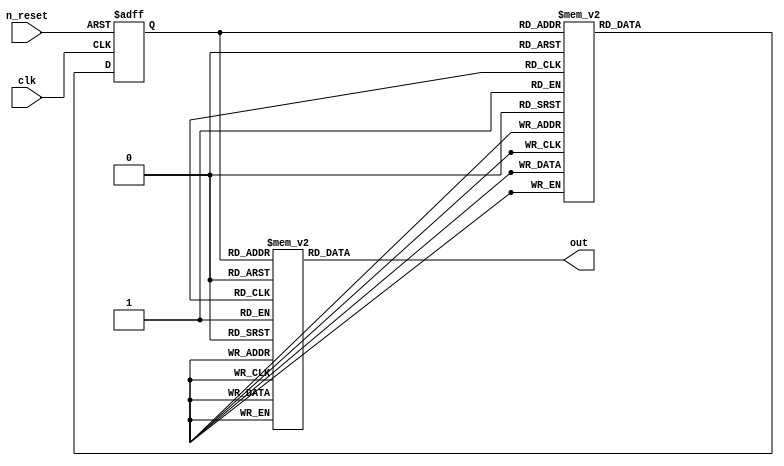
module FlowingWaterLight(
input clk,n_reset,
output reg[15:0]out
);
reg[3:0]state;
parameter S0 = 0,S1 = 1,S2 = 2,S3 = 3,S4 = 4,S5 = 5,S6 = 6,S7 = 7,S8 = 8,S9 = 9,S10 = 10,S11 = 11,S12 = 12,S13 = 13,S14 = 14,S15 = 15;
always@(state)
begin
	case(state)
		S0: out = 16'b1111111111111110;
		S1: out = 16'b1111111111111101;
		S2: out = 16'b1111111111111011;
		S3: out = 16'b1111111111110111;
		S4: out = 16'b1111111111101111;
		S5: out = 16'b1111111111011111;
		S6: out = 16'b1111111110111111;
		S7: out = 16'b1111111101111111;
		S8: out = 16'b1111111011111111;
		S9: out = 16'b1111110111111111;
		S10: out = 16'b1111101111111111;
		S11: out = 16'b1111011111111111;
		S12: out = 16'b1110111111111111;
		S13: out = 16'b1101111111111111;
		S14: out = 16'b1011111111111111;
		S15: out = 16'b0111111111111111;
		default: out = 16'b0111111111111111;
	endcase
end
always@(posedge clk or negedge n_reset)begin
	if(!n_reset)
		state <= S0;
	else
		case(state)
			S0: state <= S1;
			S1: state <= S2;
			S2: state <= S3;
			S3: state <= S4;
			S4: state <= S5;
			S5: state <= S6;
			S6: state <= S7;
			S7: state <= S8;
			S8: state <= S9;
			S9: state <= S10;
			S10: state <= S11;
			S11: state <= S12;
			S12: state <= S13;
			S13: state <= S14;
			S14: state <= S15;
			S15: state <= S0;
		default:state <= S0;
		endcase
end
endmodule